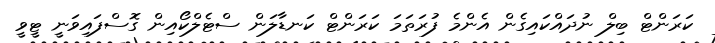
ކަރަންޓް ބިލް ނުދައްކައިގެން އެންމެ ފުރަތަމަ ކަރަންޓް ކަނޑާލަން ސްޓެލްކޯއިން ގޮސްފައިވަނީ ޓީވީ